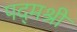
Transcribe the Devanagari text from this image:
पद्‌मश्री